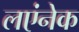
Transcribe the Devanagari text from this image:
लएंनेक